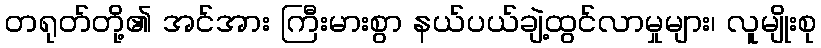
တရုတ်တို့၏ အင်အား ကြီးမားစွာ နယ်ပယ်ချဲ့ထွင်လာမှုများ၊ လူမျိုးစု